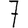
Digit: 7